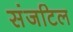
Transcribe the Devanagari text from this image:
संजटिल